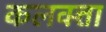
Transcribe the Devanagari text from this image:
कलक्‍त्ता